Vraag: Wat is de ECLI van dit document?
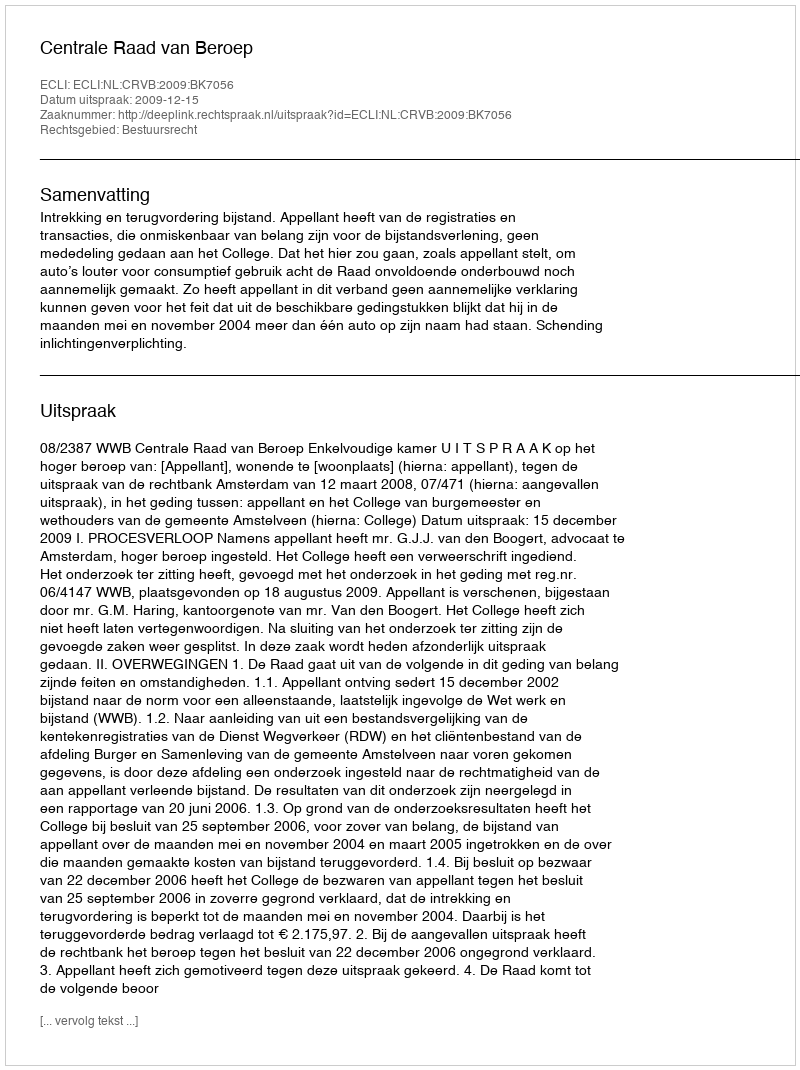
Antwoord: ECLI:NL:CRVB:2009:BK7056